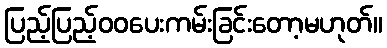
ပြည့်ပြည့်ဝဝပေးကမ်းခြင်းတော့မဟုတ်။